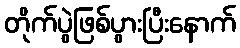
တိုက်ပွဲဖြစ်ပွားပြီးနောက်